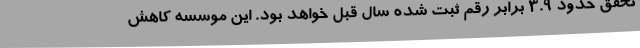
تحقق حدود 3.9 برابر رقم ثبت شده سال قبل خواهد بود. این موسسه کاهش